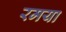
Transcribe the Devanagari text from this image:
रमया